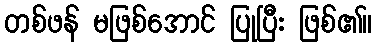
တစ်ဖန် မဖြစ်အောင် ပြုပြီး ဖြစ်၏။